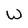
Character: W